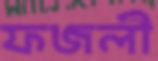
ফজলী